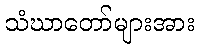
သံဃာတော်များအား